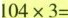
$$104×3=$$